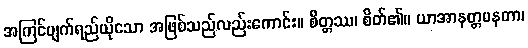
အကြင်မျက်ရည်ယိုသော အဖြစ်သည်လည်းကောင်း။ စိတ္တဿ၊ စိတ်၏။ ယာအာနတ္တမနတာ၊